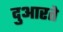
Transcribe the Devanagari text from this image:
दुआरते